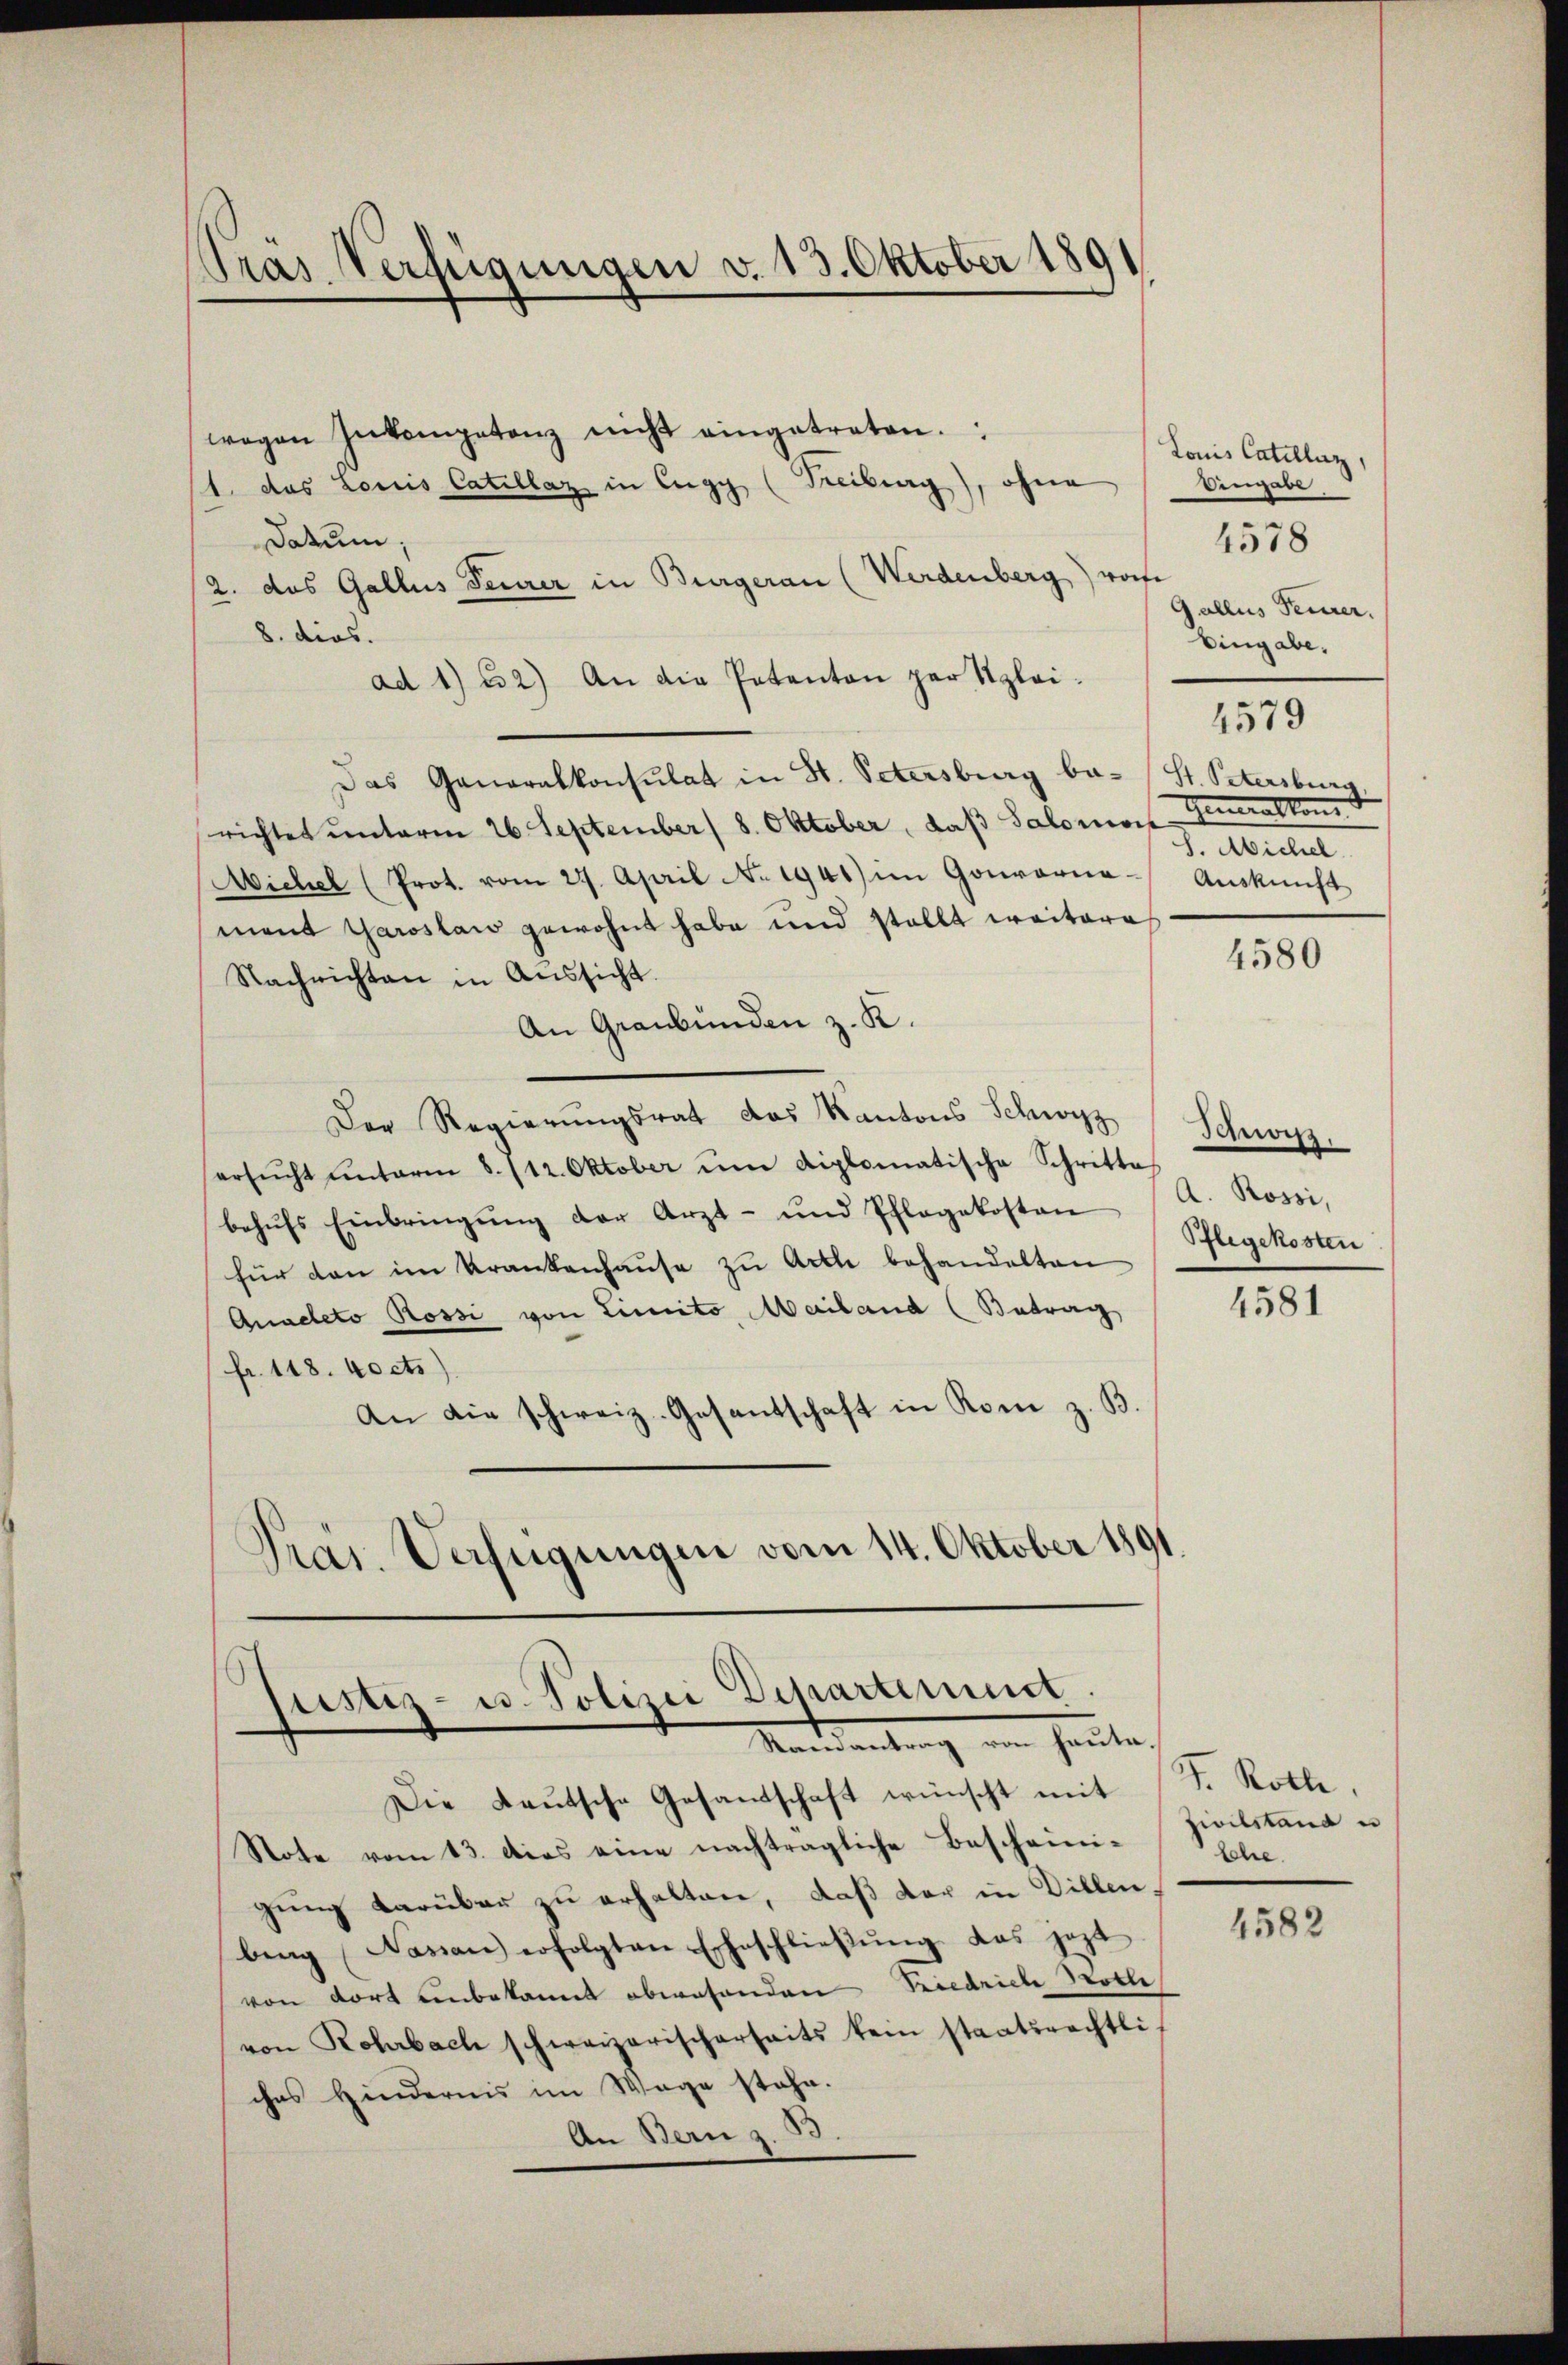
Pras Verfügungen v. 13. Oktober 1891

wegen Inkompetenz nicht eingetreten.
1. das Louis Catellaz in Eugy (Freiburg), ohne
Datum,
2. das Gallus Feurer in Bürgerau (Werdenberg) worfe
8. ders.
ad 1) 2) An die Patenten par Szlai¬
Das Generalkonsulat in St. Petersburg ba- St. Petersburg.
richtet unterm 26. September ( 8. Oktober, daß Salomon
Michel (Prot. vom 27. April No 1941 im Gouverna - Auskunft
mant Garoslaw gewohnt habe und stellt weitere
Nachrichten in Aŭssicht.
An Graubünden z. K.
Der Regierŭngsrat das Kantons Schwyz Schwyz.
ersŭcht ŭnterm 8. 112. Oktober ŭm diplomatische Schritte
behŭfs Einbringŭng der Arzt- und Pflegekosten Pflegekosten
für den im Krankenhaŭse zu Arth behandelten
Qnacleto Rossi von Licito, Mailand (Betrag
fr. 118. 40 cts)
An die schweiz. Gesantschaft in Rom z. B.
Präs. Verfügungen vom 14. Oktober 1891

Justiz- u. Polizei Departement
Mandantung von heute,

Die Kaŭtsche Gesandschaft wünscht mit F. Rotte
Note vom 13. dies eine nachträgliche Bescheini-Ziilitana un
gung darüber zu erhalten, daß der in Dillen,
bing (Nasian erfolgten Eheschlieβŭng das jezt
von dort unbekannt abwesenden Friedrich Bothe
von Rohrbach schweizerischerseits kein staatsrechtli-
ches Hindernis im Wege stehe.
An Bern z. 33.

Louis Catelluz,
Ungabe
Gallus Feurer.
Eingabe.
1579
Gewalten
S. Michel

4578

4580

A. Rossi,

4581

Eche.

4582